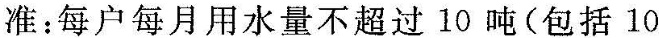
准：每户每月用水量不超过10吨(包括10